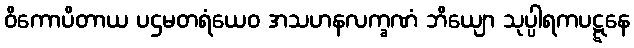
ဝိကောပိတာယ ပဌမတရံယေဝ အသဟနလက္ခဏံ ဘိယျော သုပ္ပါရကပဋ္ဋနေ